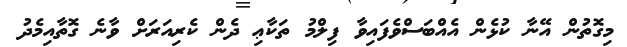
މިގޮތުން އޭނާ ކުޅެން އެއްބަސްވެފައިވާ ފިލްމު ތަކާޢި ދެން ކެރިއަރަށް ވާނެ ގޮތާއިމެދު